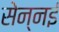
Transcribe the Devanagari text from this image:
सेन्नई